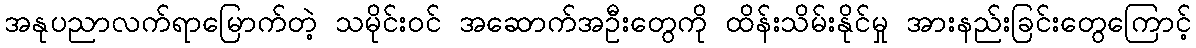
အနုပညာလက်ရာမြောက်တဲ့ သမိုင်း၀င် အဆောက်အဦးတွေကို ထိန်းသိမ်းနိုင်မှု အားနည်းခြင်းတွေကြောင့်